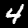
Label: 4